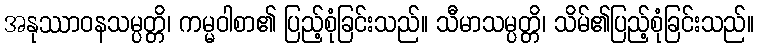
အနုဿာဝနသမ္ပတ္တိ၊ ကမ္မဝါစာ၏ ပြည့်စုံခြင်းသည်။ သီမာသမ္ပတ္တိ၊ သိမ်၏ပြည့်စုံခြင်းသည်။